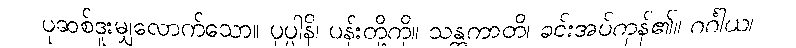
ပုဆစ်ဒူးမျှလောက်သော။ ပုပ္ပါနိ၊ ပန်းတို့ကို။ သန္တကာတိ၊ ခင်းအပ်ကုန်၏။ ဂင်္ဂါယ၊